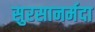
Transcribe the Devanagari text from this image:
सुरसानर्मदा